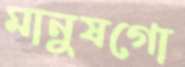
মানুষগো